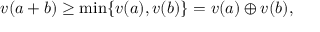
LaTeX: v ( a + b ) \geq \operatorname* { m i n } \{ v ( a ) , v ( b ) \} = v ( a ) \oplus v ( b ) ,